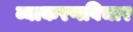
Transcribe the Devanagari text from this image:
व्याकरणविचार